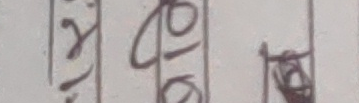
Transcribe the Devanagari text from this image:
२७७९